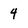
Character: 4